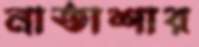
নাতাশার